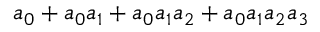
a _ { 0 } + a _ { 0 } a _ { 1 } + a _ { 0 } a _ { 1 } a _ { 2 } + a _ { 0 } a _ { 1 } a _ { 2 } a _ { 3 }